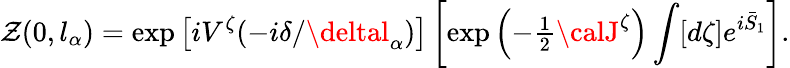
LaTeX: \mathcal{Z}(0,l_{\alpha})=\exp\left[iV^{\zeta}(-i\delta/\deltal_{\alpha})\right]\left[\exp\left(-{\textstyle{\frac{{1}}{{2}}}}{\calJ}^{\zeta}\right)\int[d\zeta]e^{i\bar{{S}}_{1}}\right].